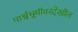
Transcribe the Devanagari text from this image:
पार्श्वभूमीवरदेखील